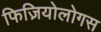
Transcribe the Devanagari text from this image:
फिज़ियोलोगस